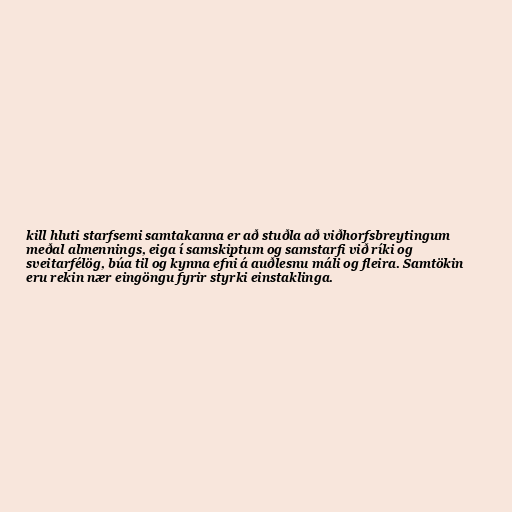
kill hluti starfsemi samtakanna er að stuðla að viðhorfsbreytingum
meðal almennings, eiga í samskiptum og samstarfi við ríki og
sveitarfélög, búa til og kynna efni á auðlesnu máli og fleira. Samtökin
eru rekin nær eingöngu fyrir styrki einstaklinga.